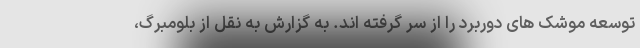
توسعه موشک های دوربرد را از سر گرفته اند. به گزارش به نقل از بلومبرگ،